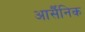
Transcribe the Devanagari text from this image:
आर्सैंनिक